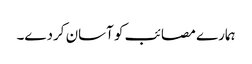
ہمارے مصائب کو آسان کردے۔